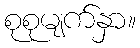
စုစုမျက်နှာ။